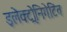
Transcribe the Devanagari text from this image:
इलेक्ट्रोनिगेटिव